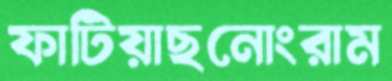
ফাটিয়াছনোংরাম